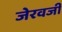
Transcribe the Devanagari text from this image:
जेरवजी